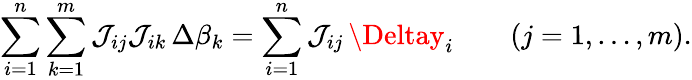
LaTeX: \sum_{i=1}^{n}\sum_{k=1}^{m}\mathcal{J}_{ij}\mathcal{J}_{ik}\, \Delta\beta_{k}=\sum_{i=1}^{n}\mathcal{J}_{ij}\, \Deltay_{i}\qquad(j=1,\ldots,m).